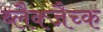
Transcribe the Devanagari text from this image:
ब्लैक्जैच्क